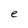
Character: e